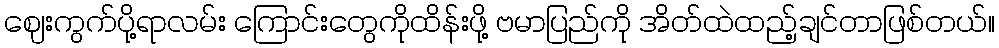
ဈေးကွက်ပို့ရာလမ်း ကြောင်းတွေကိုထိန်းဖို့ ဗမာပြည်ကို အိတ်ထဲထည့်ချင်တာဖြစ်တယ်။